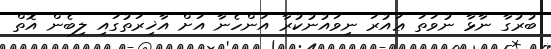
ބުރުގާ ނާޅާ ނުވަތަ ޢައުރަ ނިވައުނުކުރާ އަންހެނާ އަށް އާޚިރަތުގައި ލިބެން އޮތް